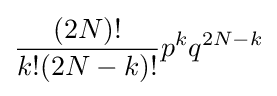
{\frac {(2N)!}{k!(2N-k)!}}p^{k}q^{2N-k}